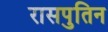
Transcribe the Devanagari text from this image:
रासपुतिन